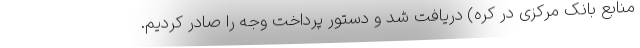
منابع بانک مرکزی در کره) دریافت شد و دستور پرداخت وجه را صادر کردیم.